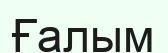
Ғалым